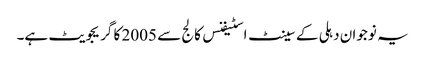
یہ نوجوان دہلی کے سینٹ اسٹیفنس کالج سے 2005 کا گریجویٹ ہے۔